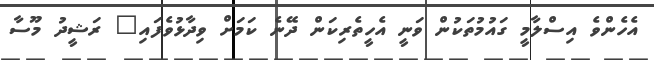
އެހެންވެ އިސްލާމީ ގައުމުތަކުން ވަނީ އެހީތެރިކަން ދޭނެ ކަމަށް ވިދާޅުވެފައި" ރަޝީދު މޫސާ